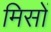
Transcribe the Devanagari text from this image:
मिसों